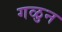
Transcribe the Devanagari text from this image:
गळुन